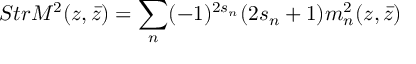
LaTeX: S t r { \cal M } ^ { 2 } ( z , \bar { z } ) = \sum _ { n } ( - 1 ) ^ { 2 s _ { n } } ( 2 s _ { n } + 1 ) m _ { n } ^ { 2 } ( z , \bar { z } )